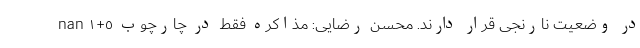
در وضعیت نارنجی قرار دارند. محسن رضایی: مذاكره فقط در چارچوب ٥+١ nan